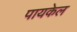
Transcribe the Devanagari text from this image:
पायकेल